Annual report on the Civil Veterinary Department, Burma (including the Insein Veterinary School) - 1923-1931
Year: 1923
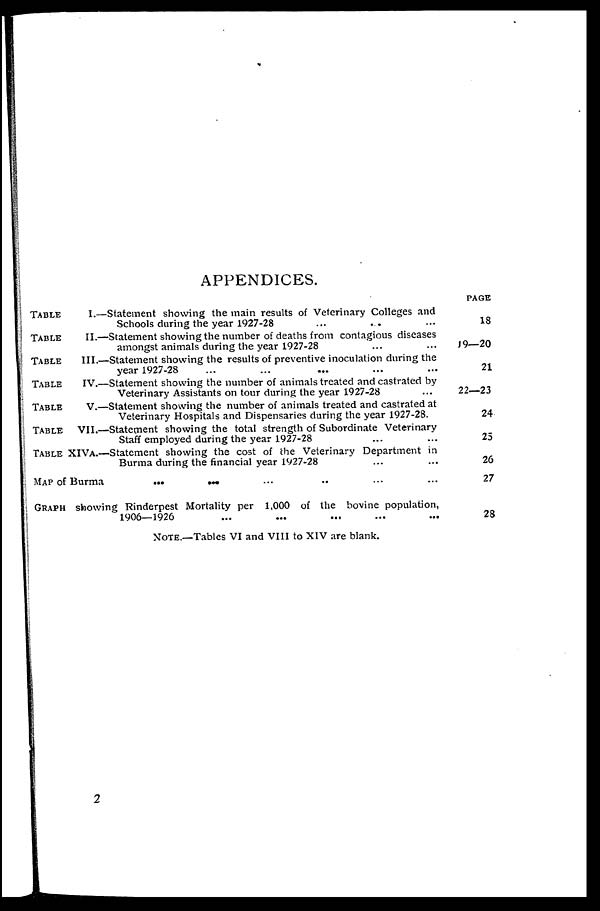
APPENDICES.
TABLE
I.—Statement showing the main results of Veterinary Colleges and
Schools during the year 1927-28 ... .. ...
TABLE
II.—Statement showing the number of deaths from contagious diseases
amongst animals during the year 1927-28 ... ...
TABLE
III.—Statement showing the results of preventive inoculation during the
year 1927-28 ... ... ... ... ...
TABLE
IV.—Statement showing the number of animals treated and castrated by
Veterinary Assistants on tour during the year 1927-28 ...
TABLE
V.—Statement showing the number of animals treated and castrated at
Veterinary Hospitals and Dispensaries during the year 1927-28.
TABLE VII.—Statement showing the total strength of Subordinate Veterinary
Staff employed during the year 1927-28 ... ...
TABLE XIVA.—Statement showing the cost of the Veterinary Department in
Burma during the financial year 1927-28 ... ...
MAP of Burma ... ... ... .. ... ...
GRAPH showing Rinderpest Mortality per 1,000 of the bovine population,
1906—1926 ... ... ... ... ...
NOTE.—Tables VI and VIII to XIV are blank.
PAGE
18
19—20
21
22—23
24
25
26
27
28
2